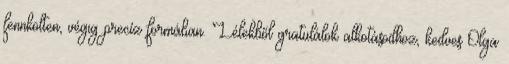
fennkölten, végig precíz formában. Lélekből gratulálok alkotásodhoz, kedves Olga